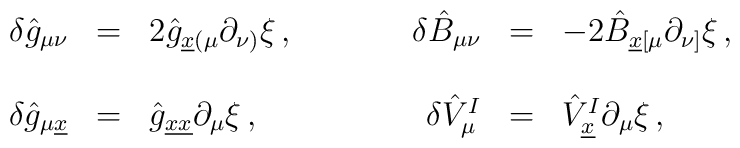
\begin{array}{rclrcl}\delta \hat{g}_{\mu\nu} & = &2\hat{g}_{\underline{x}(\mu} \partial_{\nu)}\xi\, ,\hspace{1.2cm}&\delta \hat{B}_{\mu\nu} & = &-2\hat{B}_{\underline{x}[\mu}\partial_{\nu]} \xi\, ,\\& & & & &\\\delta \hat{g}_{\mu \underline {x}} & = &\hat{g}_{\underline{xx}}\partial_{\mu}\xi\, , &\delta \hat{V}^{I}_{\mu} & = & \hat{V}^{I}_{\underline{x}}\partial_{\mu}\xi\, ,\end{array}